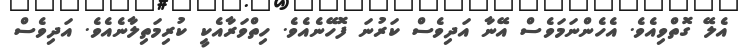
އެލޭ ގޮތްވިއެވެ. އެހެންނަމަވެސް އޭނާ އަދިވެސް ކަރުނަ ފޮހޭނެއެވެ. ހިތްވަރާއެކީ ކުރިމަތިލާނެއެވެ. އަދިވެސް